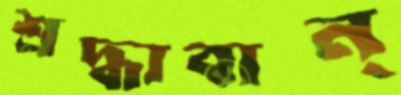
শ্রদ্ধাবান্‌